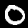
Label: 0